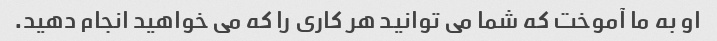
او به ما آموخت که شما می توانید هر کاری را که می خواهید انجام دهید.